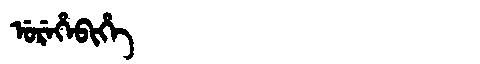
Manchu: ᡠᡵᡝᡥᡝᠪᡳᡥᡝ
Romanization: UREHEBIHE